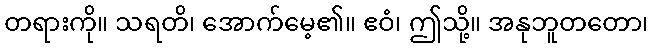
တရားကို။ သရတိ၊ အောက်မေ့၏။ ဧဝံ၊ ဤသို့။ အနုဘူတတော၊